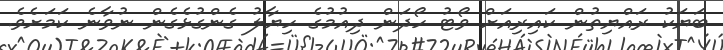
ބަޔަކު ރައްޔިތުން ކައިރިއަށް ވޯޓު ހޯދަން ދިއުމުގެ ހިޔާލު ގެންގުޅެގެން ނުވާނެ ކަމަށެވެ.